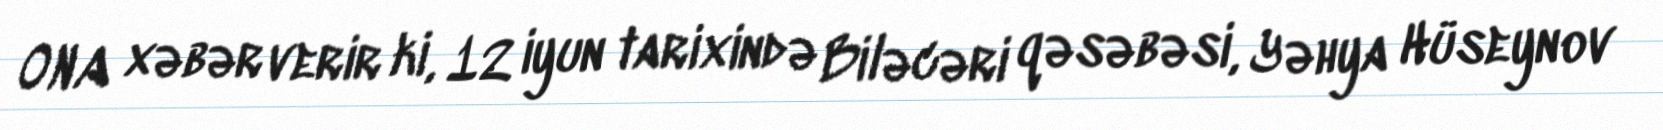
ONA xəbər verir ki, 12 iyun tarixində Biləcəri qəsəbəsi, Yəhya Hüseynov